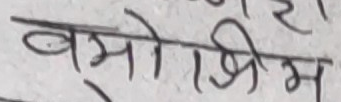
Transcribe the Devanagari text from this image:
बमोग्रिम